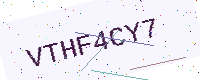
Text: VTHF4CY7